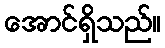
အောင်ရှိသည်။